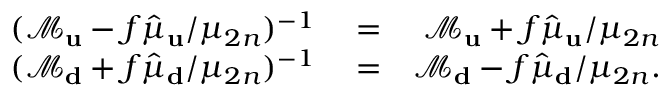
\begin{array} { r l r } { ( \mathcal { M } _ { \bf u } - f \hat { \mu } _ { \bf u } / \mu _ { 2 n } ) ^ { - 1 } } & { { } = } & { \mathcal { M } _ { \bf u } + f \hat { \mu } _ { \bf u } / \mu _ { 2 n } } \\ { ( \mathcal { M } _ { \bf d } + f \hat { \mu } _ { \bf d } / \mu _ { 2 n } ) ^ { - 1 } } & { { } = } & { \mathcal { M } _ { \bf d } - f \hat { \mu } _ { \bf d } / \mu _ { 2 n } . } \end{array}